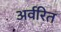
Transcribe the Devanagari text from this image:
अर्वरित